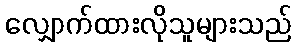
လျှောက်ထားလိုသူများသည်